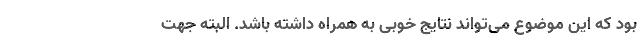
بود که این موضوع می‌تواند نتایج خوبی به همراه داشته باشد. البته جهت